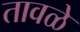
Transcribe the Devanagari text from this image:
तावळे